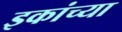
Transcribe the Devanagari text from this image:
इकांच्या